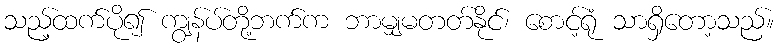
သည့်ထက်ပို၍ ကျွန်ပ်တို့ဘက်က ဘာမျှမတတ်နိုင်၊ စောင့်ရုံ သာရှိတော့သည်။